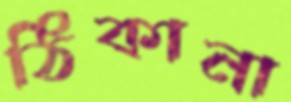
ঠিকানা